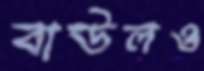
বাউলও